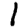
Digit: 1